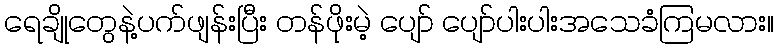
ရေချိုတွေနဲ့ပက်ဖျန်းပြီး တန်ဖိုးမဲ့ ပျော် ပျော်ပါးပါးအသေခံကြမလား။